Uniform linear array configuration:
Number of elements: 12
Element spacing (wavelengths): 0.75
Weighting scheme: blackman
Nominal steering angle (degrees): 60
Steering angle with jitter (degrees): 58.931
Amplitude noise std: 0.05
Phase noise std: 0.05

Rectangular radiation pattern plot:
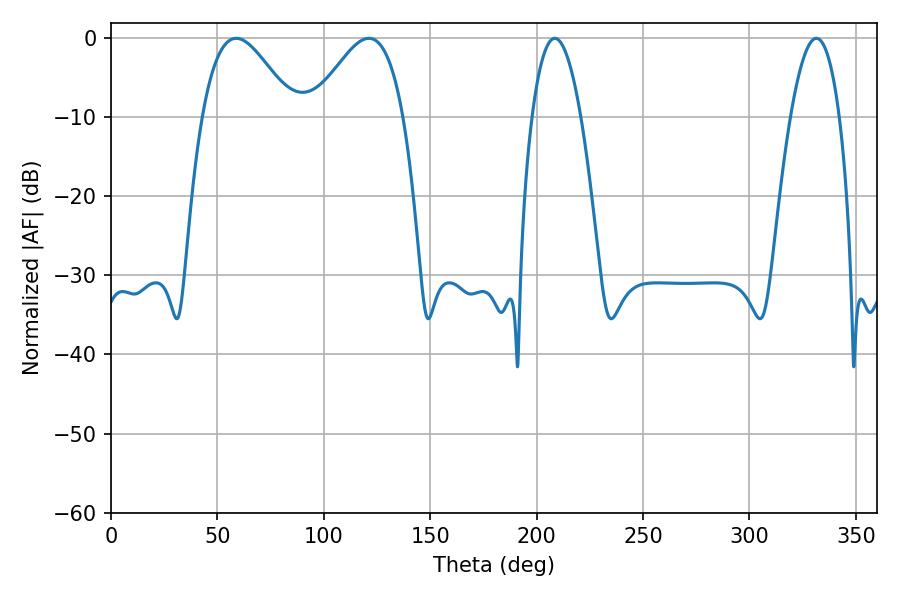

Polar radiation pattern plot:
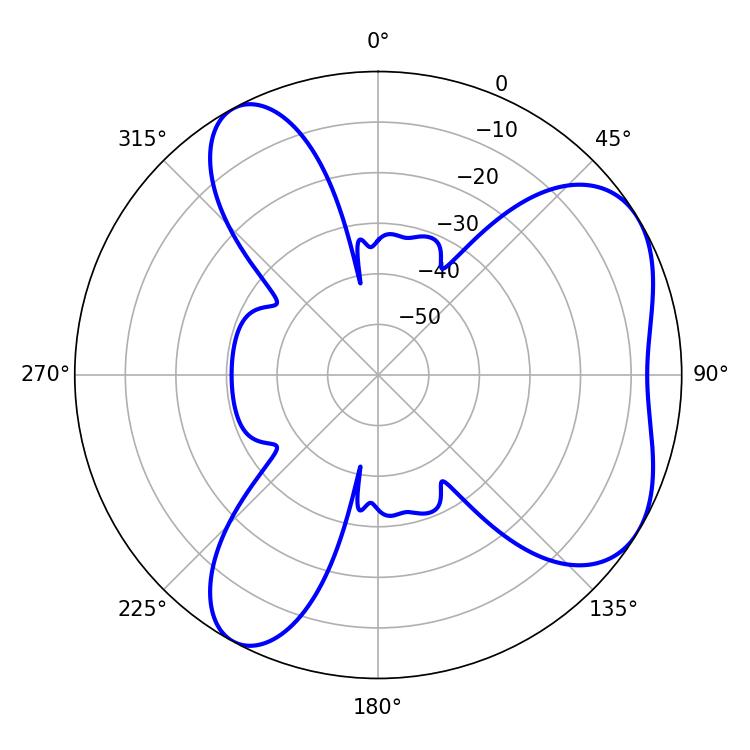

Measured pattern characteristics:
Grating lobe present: TRUE
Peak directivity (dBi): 5.52
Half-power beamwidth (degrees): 23.04
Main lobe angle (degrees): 58.86